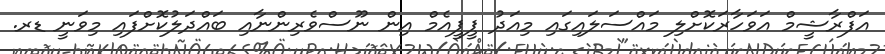
އަފްރާޝީމް އަވަހާރަކޮށްލި މައްސަލައިގައި މިއަދު ޕީޕީއެމް އިން ނޫސްވެރިންނާއި ބައްދަލުކޮށްފައި މިވަނީ ޑރ.